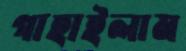
গাহাইলাম